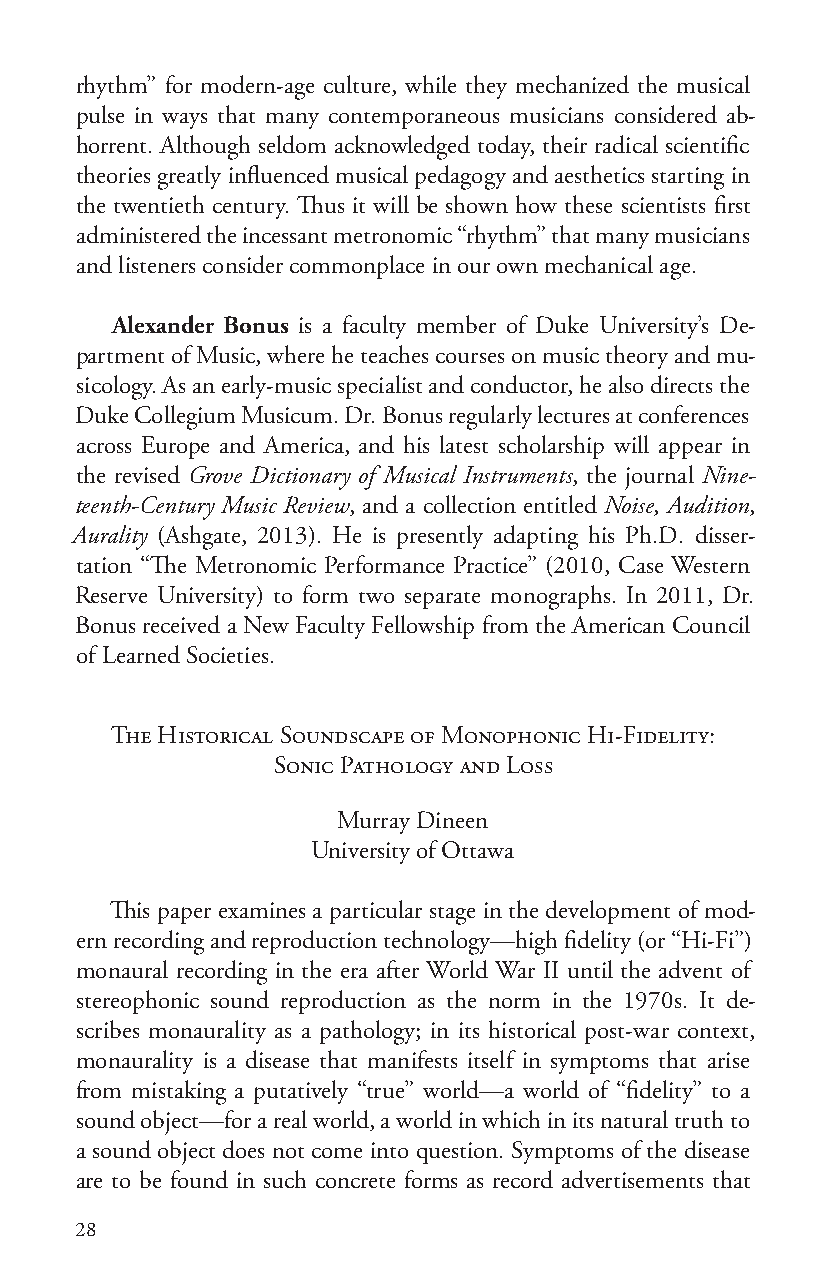
rhythm” for modern-age culture, while they mechanized the musical
 pulse in ways that many contemporaneous musicians considered ab-
 horrent. Although seldom acknowledged today, their radical scientific
 theories greatly influenced musical pedagogy and aesthetics starting in
 the twentieth century. Thus it will be shown how these scientists first
 administered the incessant metronomic “rhythm” that many musicians
 and listeners consider commonplace in our own mechanical age.
 Alexander Bonus is a faculty member of Duke University’s De-
 partment of Music, where he teaches courses on music theory and mu-
 sicology. As an early-music specialist and conductor, he also directs the
 Duke Collegium Musicum. Dr. Bonus regularly lectures at conferences
 across Europe and America, and his latest scholarship will appear in
 the revised Grove Dictionary of Musical Instruments, the journal Nine-
 teenth-Century Music Review, and a collection entitled Noise, Audition,
 Aurality (Ashgate, 2013). He is presently adapting his Ph.D. disser-
 tation “The Metronomic Performance Practice” (2010, Case Western
 Reserve University) to form two separate monographs. In 2011, Dr.
 Bonus received a New Faculty Fellowship from the American Council
 of Learned Societies.
 The Historical Soundscape of Monophonic Hi-Fidelity:
 Sonic Pathology and Loss
 Murray Dineen
 University of Ottawa
 This paper examines a particular stage in the development of mod-
 ern recording and reproduction technology—high fidelity (or “Hi-Fi”)
 monaural recording in the era after World War II until the advent of
 stereophonic sound reproduction as the norm in the 1970s. It de-
 scribes monaurality as a pathology; in its historical post-war context,
 monaurality is a disease that manifests itself in symptoms that arise
 from mistaking a putatively “true” world—a world of “fidelity” to a
 sound object—for a real world, a world in which in its natural truth to
 a sound object does not come into question. Symptoms of the disease
 are to be found in such concrete forms as record advertisements that
 28